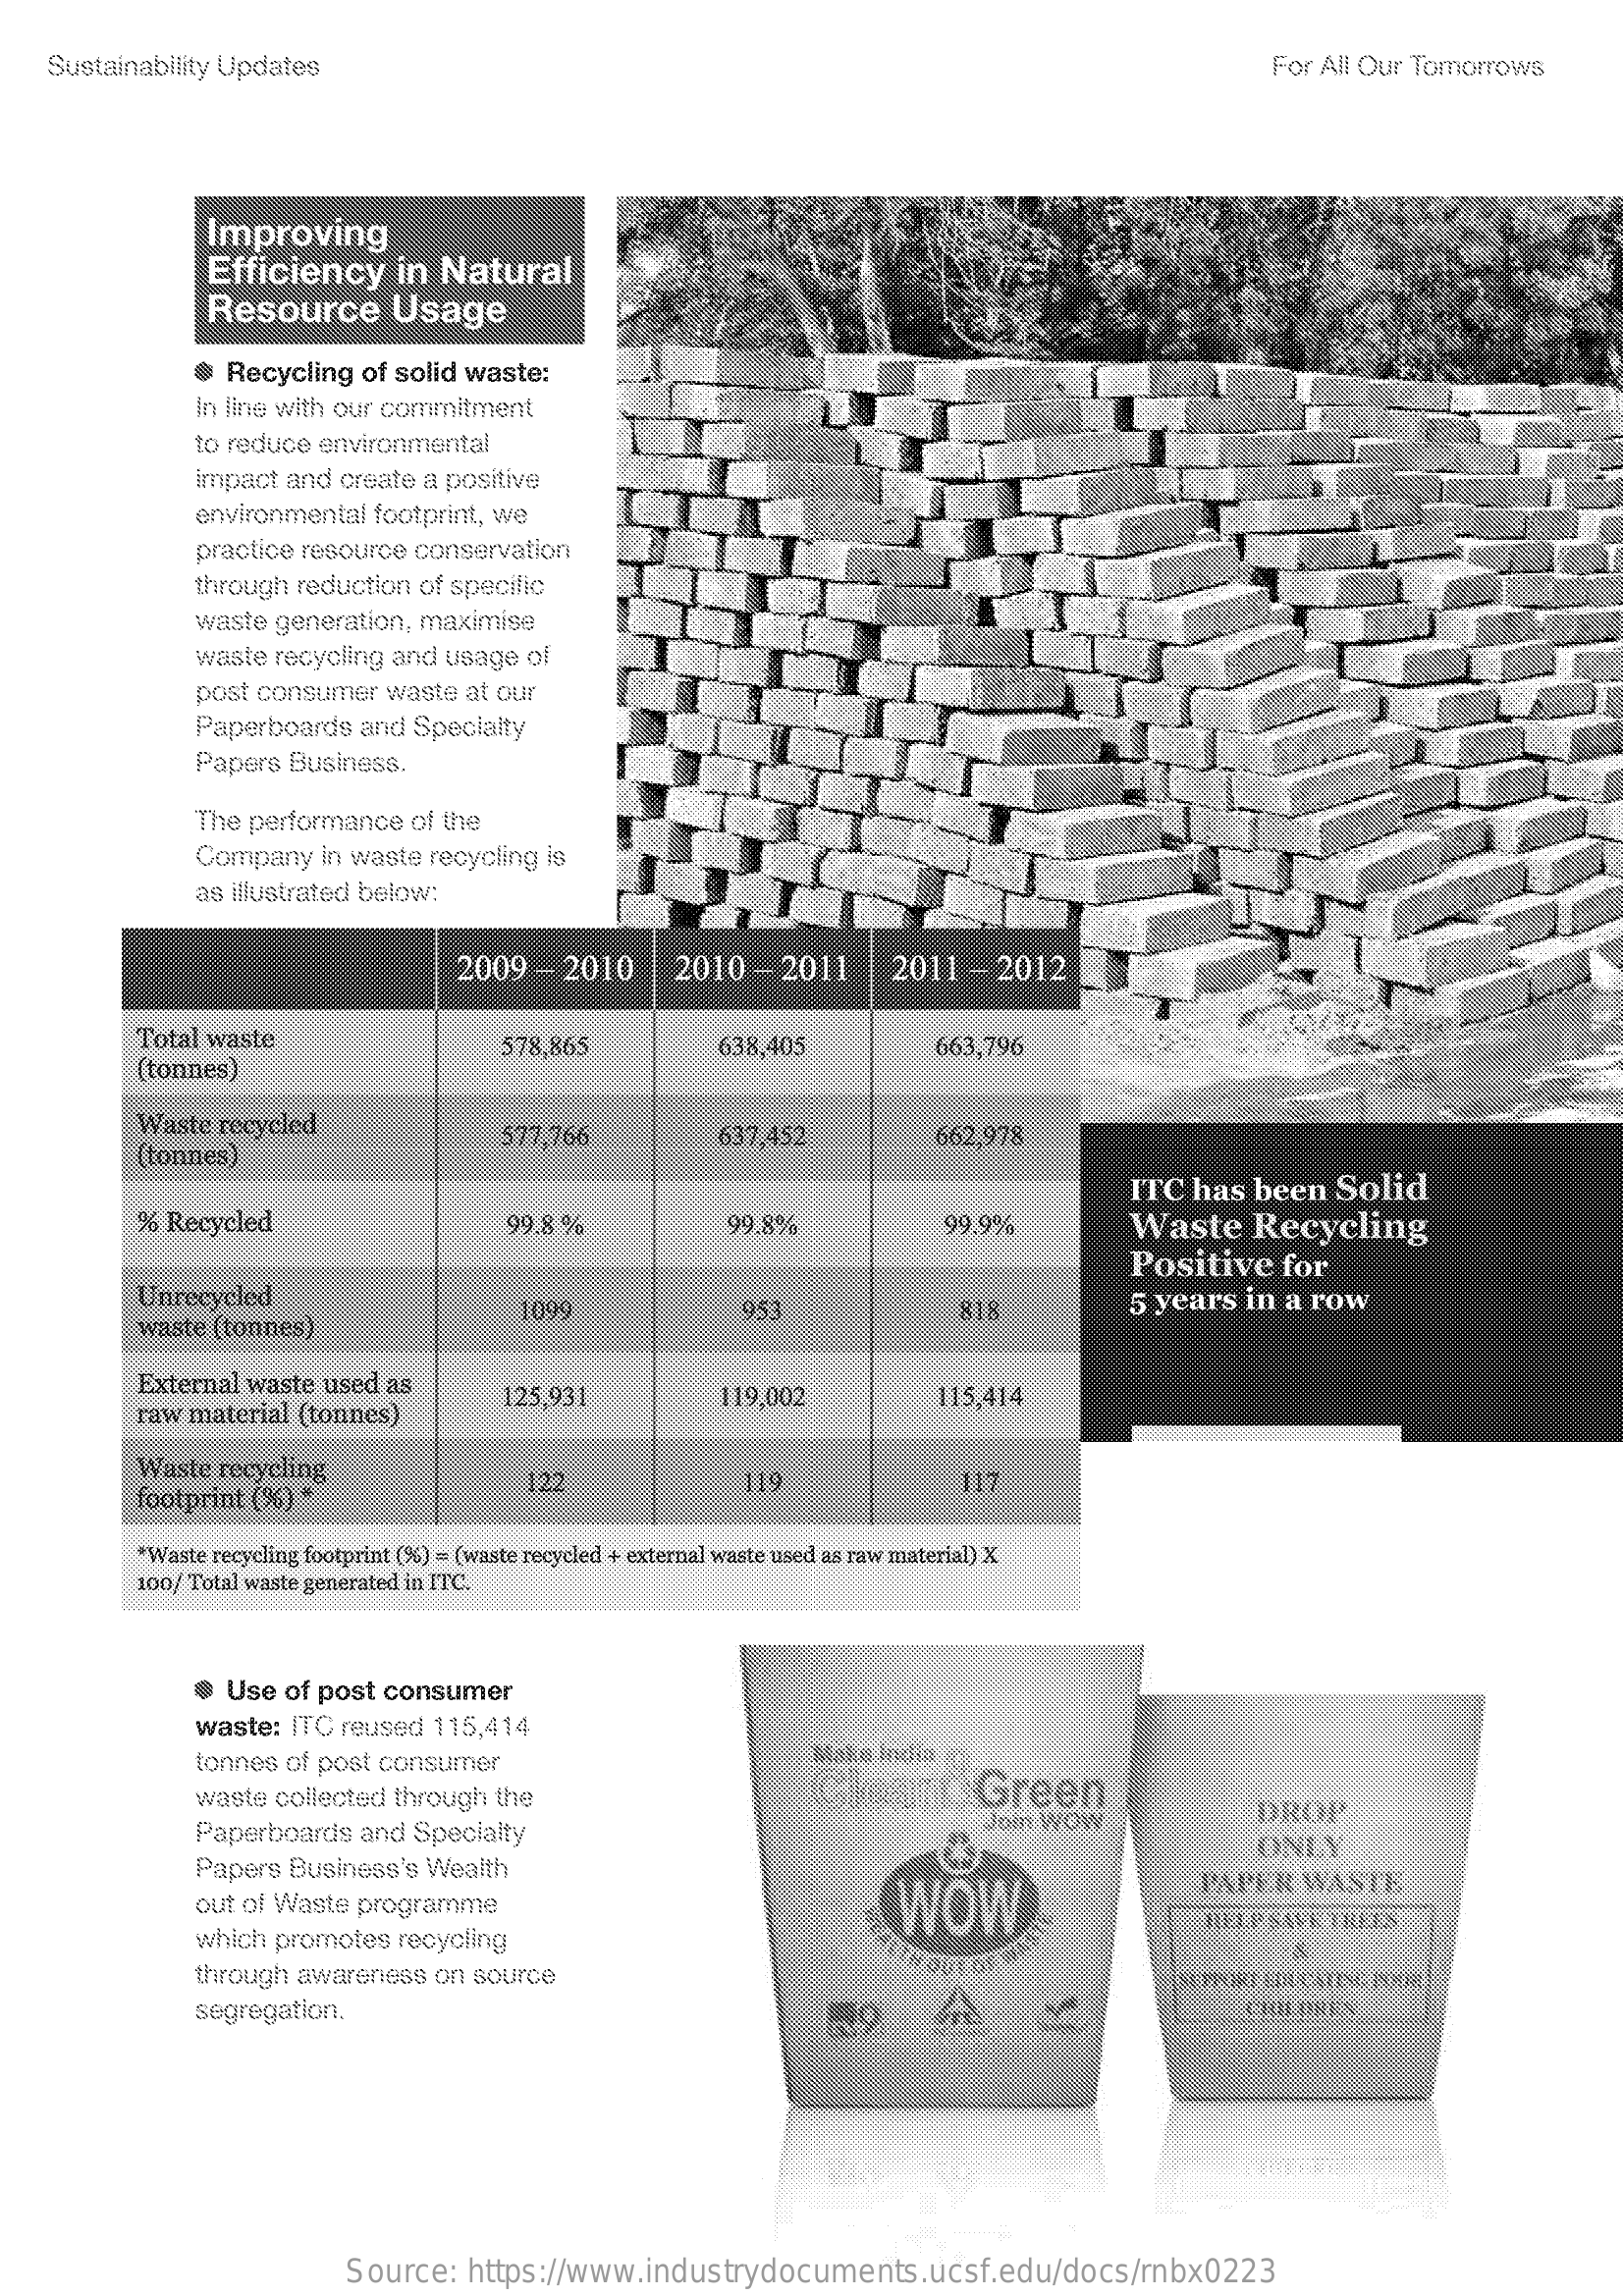
Sustainability Updates    For All Our Tomorrows
     Improving
     Efficiency    in Natural
     Resource    Usage
     · Recycling   of solid waste:
     In line with our commitment
     to reduce environmental
     impact  and  create a positive
     environmental   footprint, we
     practice resource conservation
     through  reduction  of specific
     waste  generation,  maximise
     waste  recycling and  usage  of
     post consumer   waste  at our
     Paperboards   and  Specialty
     Papers  Business.
     The performance   of the
     Company   in waste  recycling is
     as illustrated below:
     2009   - 2010    2010   -2011    2011   -2012
     Total waste
     (tonnes)
     578,865    638,405    663,796
     Waste  recycled
     (tonnes)
     577.766    637,452    662,978
     ITC  has   been   Solid
     % Recycled    99,8 %    99.8%    99,9%    Waste    Recycling
     Positive    for
     Unrecycled    1099    953    5 years   in a  row
     waste (tonnes)
     815
     External  waste used  as
     raw material  (tonnes)
     125,931    119,002    115,414
     Waste recycling
     footprint (%) *
     122    119    117
     *Waste recycling footprint (%) = (waste recycled + external waste used as raw material) X
     100/ Total waste generated in ITC.
     ·  Use  of post consumer
     waste: ITC  reused  115,414
     tonnes of post consumer    Make  India
     waste  collected through  the    Claust    Green
     Paperboards   and  Specialty    Jom  Wow    DROP
     Papers Business's  Wealth
     out of Waste programme    WOW
     PAPER    WASTE
     which promotes   recycling
     through  awareness   on source
     segregation.
     Source:    https://www.industrydocuments.ucsf.edu/docs/rnbx0223